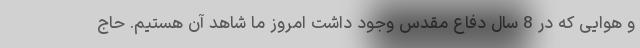
و هوایی که در 8 سال دفاع مقدس وجود داشت امروز ما شاهد آن هستیم. حاج